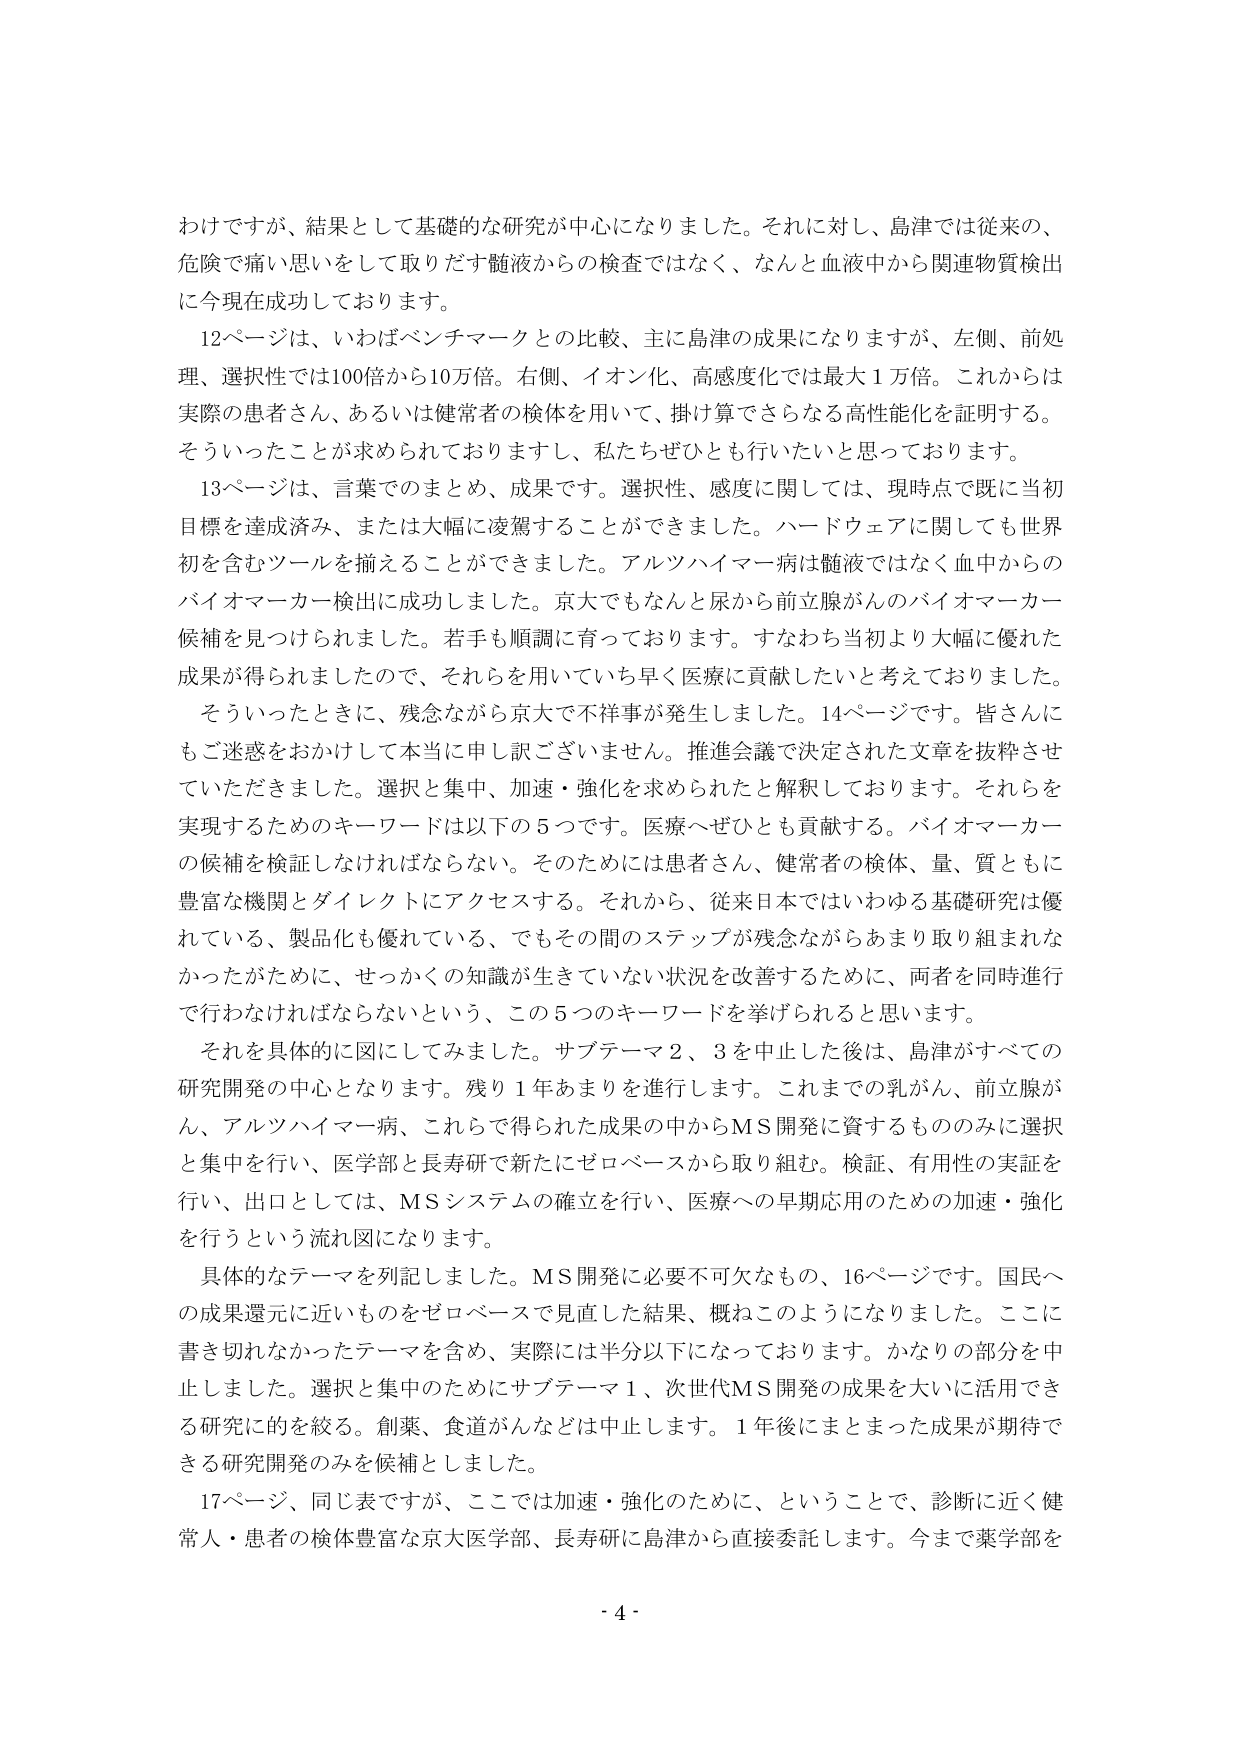
わけですが、結果として基礎的な研究が中心になりました。それに対し、島津では従来の、
危険で痛い思いをして取りだす髄液からの検査ではなく、なんと血液中から関連物質検出
に今現在成功しております。
　12ページは、いわばベンチマークとの比較、主に島津の成果になりますが、左側、前処
理、選択性では100倍から10万倍。右側、イオン化、高感度化では最大１万倍。これからは
実際の患者さん、あるいは健常者の検体を用いて、掛け算でさらなる高性能化を証明する。
そういったことが求められておりますし、私たちぜひとも行いたいと思っております。
　13ページは、言葉でのまとめ、成果です。選択性、感度に関しては、現時点で既に当初
目標を達成済み、または大幅に凌駕することができます。ハードウェアに関しても世界
初を含むツールを揃えることができました。アルツハイマー病は髄液ではなく血中からの
バイオマーカー検出に成功しました。京大でもなんと尿から前立腺がんのバイオマーカー
候補を見つけられました。若手も順調に育っております。すなわち当初より大幅に優れた
成果が得られましたので、それらを用いていち早く医療に貢献したいと考えております。
　そういったときに、残念ながら京大で不祥事が発生しました。14ページです。皆さんに
もご迷惑をおかけして本当に申し訳ございません。推進会議で決定された文章を抜粋させ
ていただきました。選択と集中、加速・強化を求められたと解釈しております。それらを
実現するためのキーワードは以下の５つです。医療へぜひとも貢献する。バイオマーカー
の候補を検証しなければならない。そのためには患者さん、健常者の検体、量、質ともに
豊富な機関とダイレクトにアクセスする。それから、従来日本ではいわゆる基礎研究は優
れている、製品化も優れている、でもその間のステップが残念ながらあまり取り組まれな
かったがために、せっかくの知識が生きていない状況を改善するために、両者を同時進行
で行わなければならないという、この５つのキーワードを挙げられると思います。
　それを具体的に図にしてみました。サブテーマ２、３を中止した後は、島津がすべての
研究開発の中心となります。残り１年あまりを進行します。これまでの乳がん、前立腺が
ん、アルツハイマー病、これらで得られた成果の中からMS開発に資するもののみに選択
と集中を行い、医学部と長寿研で新たにゼロベースから取り組む。検証、有用性の実証を
行い、出口としては、MSシステムの確立を行い、医療への早期応用のための加速・強化
を行うという流れ図になります。
　具体的なテーマを列記しました。MS開発に必要不可欠なもの、16ページです。国民へ
の成果還元に近いものをゼロベースで見直した結果、概ねこのようになりました。ここに
書き切れなかったテーマを含め、実際には半分以下になっております。かなりの部分を中
止しました。選択と集中のためにサブテーマ１、次世代MS開発の成果を大いに活用でき
る研究に的を絞る。創薬、食道がんなどは中止します。１年後にまとまった成果が期待で
きる研究開発のみを候補としました。
　17ページ、同じ表ですが、ここでは加速・強化のために、ということで、診断に近く健
常人・患者の検体豊富な京大医学部、長寿研に島津から直接委託します。今まで薬学部を

- 4 -